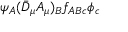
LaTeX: \psi _ { A } ( \bar { D } _ { \mu } A _ { \mu } ) _ { B } f _ { A B c } \phi _ { c }